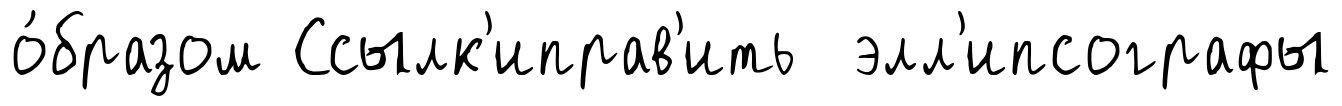
о́бразом Ссылк'иправ'ить элл'ипсографы